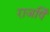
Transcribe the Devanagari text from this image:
राजषिँ